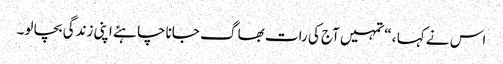
اس نے کہا ، “تمہیں آج کی رات بھا گ جاناچا ہئے اپنی زندگی بچا لو۔